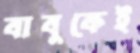
বাবুকেই